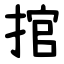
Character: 捾